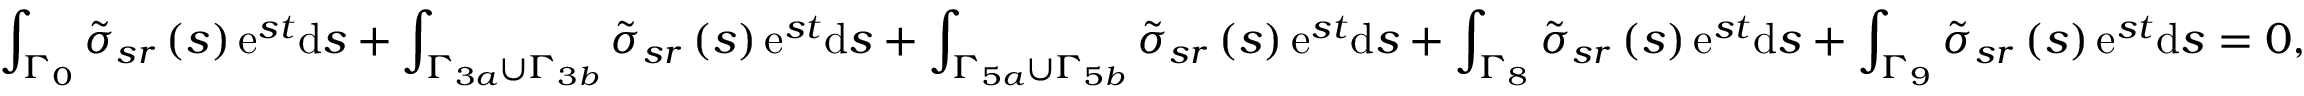
\int _ { \Gamma _ { 0 } } \tilde { \sigma } _ { s r } \left( s \right) \mathrm { e } ^ { s t } \mathrm { d } s + \int _ { \Gamma _ { 3 a } \cup \Gamma _ { 3 b } } \tilde { \sigma } _ { s r } \left( s \right) \mathrm { e } ^ { s t } \mathrm { d } s + \int _ { \Gamma _ { 5 a } \cup \Gamma _ { 5 b } } \tilde { \sigma } _ { s r } \left( s \right) \mathrm { e } ^ { s t } \mathrm { d } s + \int _ { \Gamma _ { 8 } } \tilde { \sigma } _ { s r } \left( s \right) \mathrm { e } ^ { s t } \mathrm { d } s + \int _ { \Gamma _ { 9 } } \tilde { \sigma } _ { s r } \left( s \right) \mathrm { e } ^ { s t } \mathrm { d } s = 0 ,